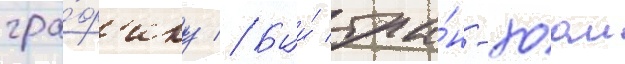
гра́ф'ику // Буи́ тра́н-хоаи